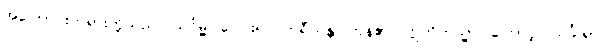
အကြောင်းတရားတို့သည်။ သင်္ဂမ္မ၊ ပေါင်း၍။ ကရီယန္တိ၊ ကုန်၏။ ဣတိတသ္မာ၊ ကြောင့်။ သင်္ခါရာ၊